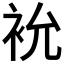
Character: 𮕯